Civil Veterinary Dept. Bombay admin report 1893-99 - 1893-1899
Year: 1893
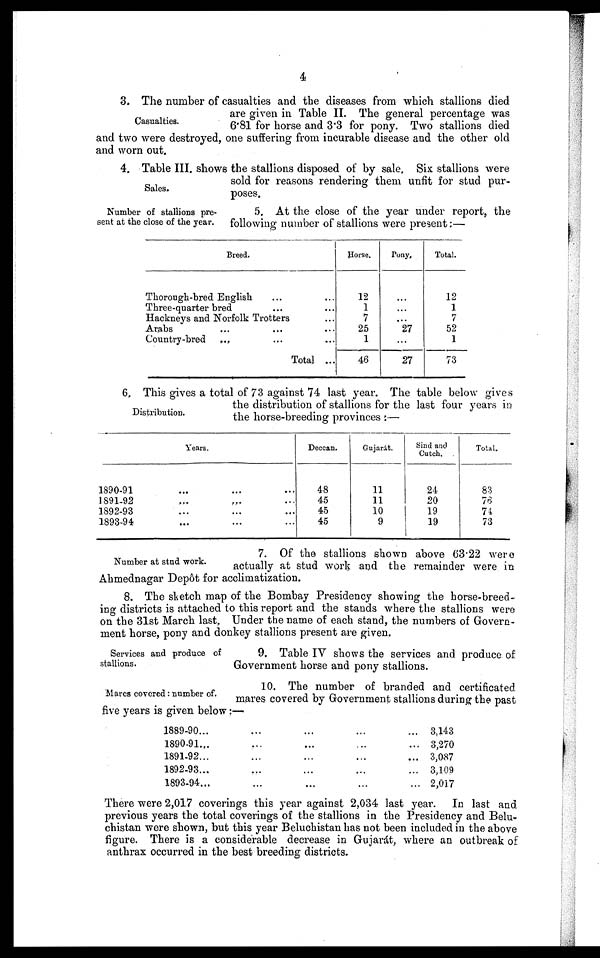
4
Casualties.
3. The number of casualties and the diseases from which stallions died
are given in Table II. The general percentage was
6.81 for horse and 3.3 for pony. Two stallions died
and two were destroyed, one suffering from incurable disease and the other old
and worn out.
Sales.
4. Table III. shows the stallions disposed of by sale. Six stallions were
sold for reasons rendering them unfit for stud pur-
poses.
Number of stallions pre-
sent at the close of the year.
5. At the close of the year under report, the
following number of stallions were present:—
Breed.
Thorough-bred English ... ...
Three-quarter bred ... ...
Hackneys and Norfolk Trotters ...
Arabs ... ... ...
Country-bred
... ... ...
Total ...
Horse.
12
1
7
25
1
46
Pony.
...
...
...
27
...
27
Total.
12
1
7
52
1
73
Distribution.
6. This gives a total of 73 against 74 last year. The table below gives
the distribution of stallions for the last four years in
the horse-breeding provinces:—
Years.
1890-91 ... ... ...
1891-92 ... ... ...
1892-93 ... ... ...
1893-94 ... ... ...
Deccan.
48
45
45
45
Gujarát.
11
11
10
9
Sind and
Cutch.
24
20
19
19
Total.
83
76
74
73
Number at stud work.
7. Of the stallions shown above 63.22 were
actually at stud work and the remainder were in
Ahmednagar Depôt for acclimatization.
8. The sketch map of the Bombay Presidency showing the horse-breed-
ing districts is attached to this report and the stands where the stallions were
on the 31st March last. Under the name of each stand, the numbers of Govern-
ment horse, pony and donkey stallions present are given.
Services and produce of
stallions.
9. Table IV shows the services and produce of
Government horse and pony stallions.
Mares covered: number of.
10. The number of branded and certificated
mares covered by Government stallions during the past
five years is given below:—
1889-90... ... ... ... ...
1890-91... ... ... ... ...
1891-92... ... ... ... ...
1892-93... ... ... ... ...
1893-94... ... ... ... ...
3,143
3,270
3,087
3,109
2,017
There were 2,017 coverings this year against 2,034 last year. In last and
previous years the total coverings of the stallions in the Presidency and Belu-
chistan were shown, but this year Beluchistan has not been included in the above
figure. There is a considerable decrease in Gujarát, where an outbreak of
anthrax occurred in the best breeding districts.